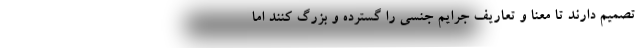
تصمیم دارند تا معنا و تعاریف جرایم جنسی را گسترده و بزرگ کنند اما